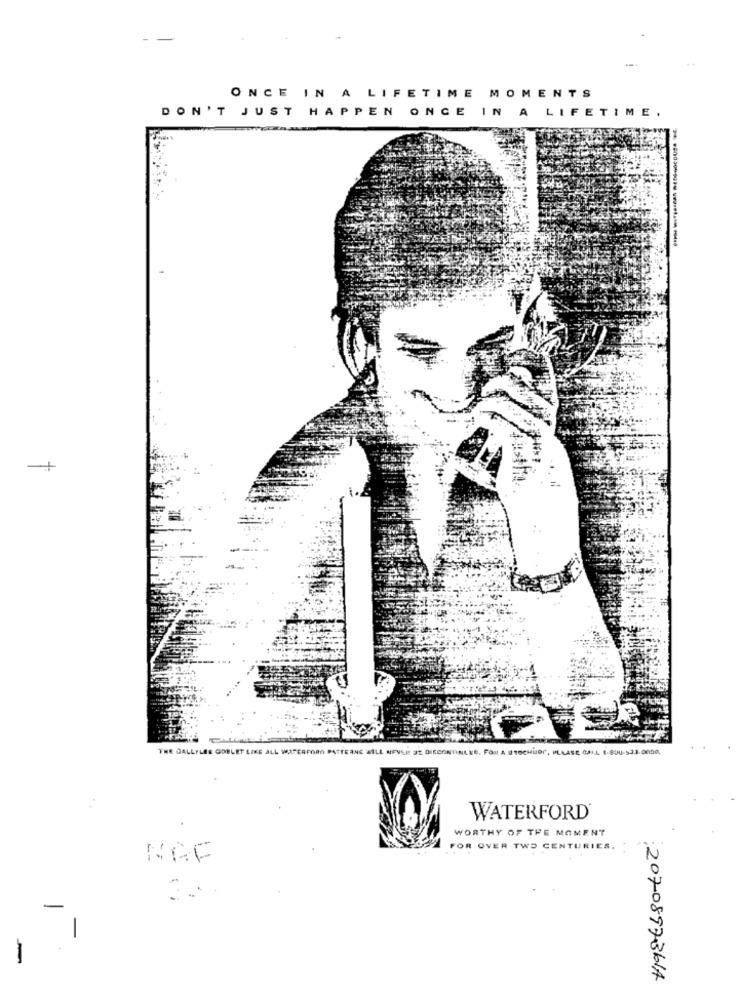
-
ONCE IN A LIFETIME MOMENTS
DON'T JUST HAPPEN ONCE IN A LIFETIME.
THE DALLYLES GOBLET LIKE ALL WATERFORD PATTERNS WILL NEVER SE DIECONTINLEE, FOI A ITOCHUBY, PLEASE CJI.L. 1-89U-523.0000,
WATERFORD
WORTHY OF THE MOMENT
FOR OVER TWO CENTURIES.
NGF
:2070897361A